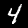
Label: 4